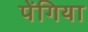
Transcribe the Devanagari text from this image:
पेंगिया